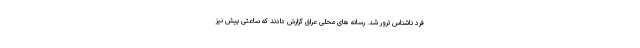
فرد ناشناس ترور شد. رسانه های محلی عراق گزارش دادند که ساعتی پیش نیز